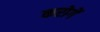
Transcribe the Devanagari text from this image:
करोगें